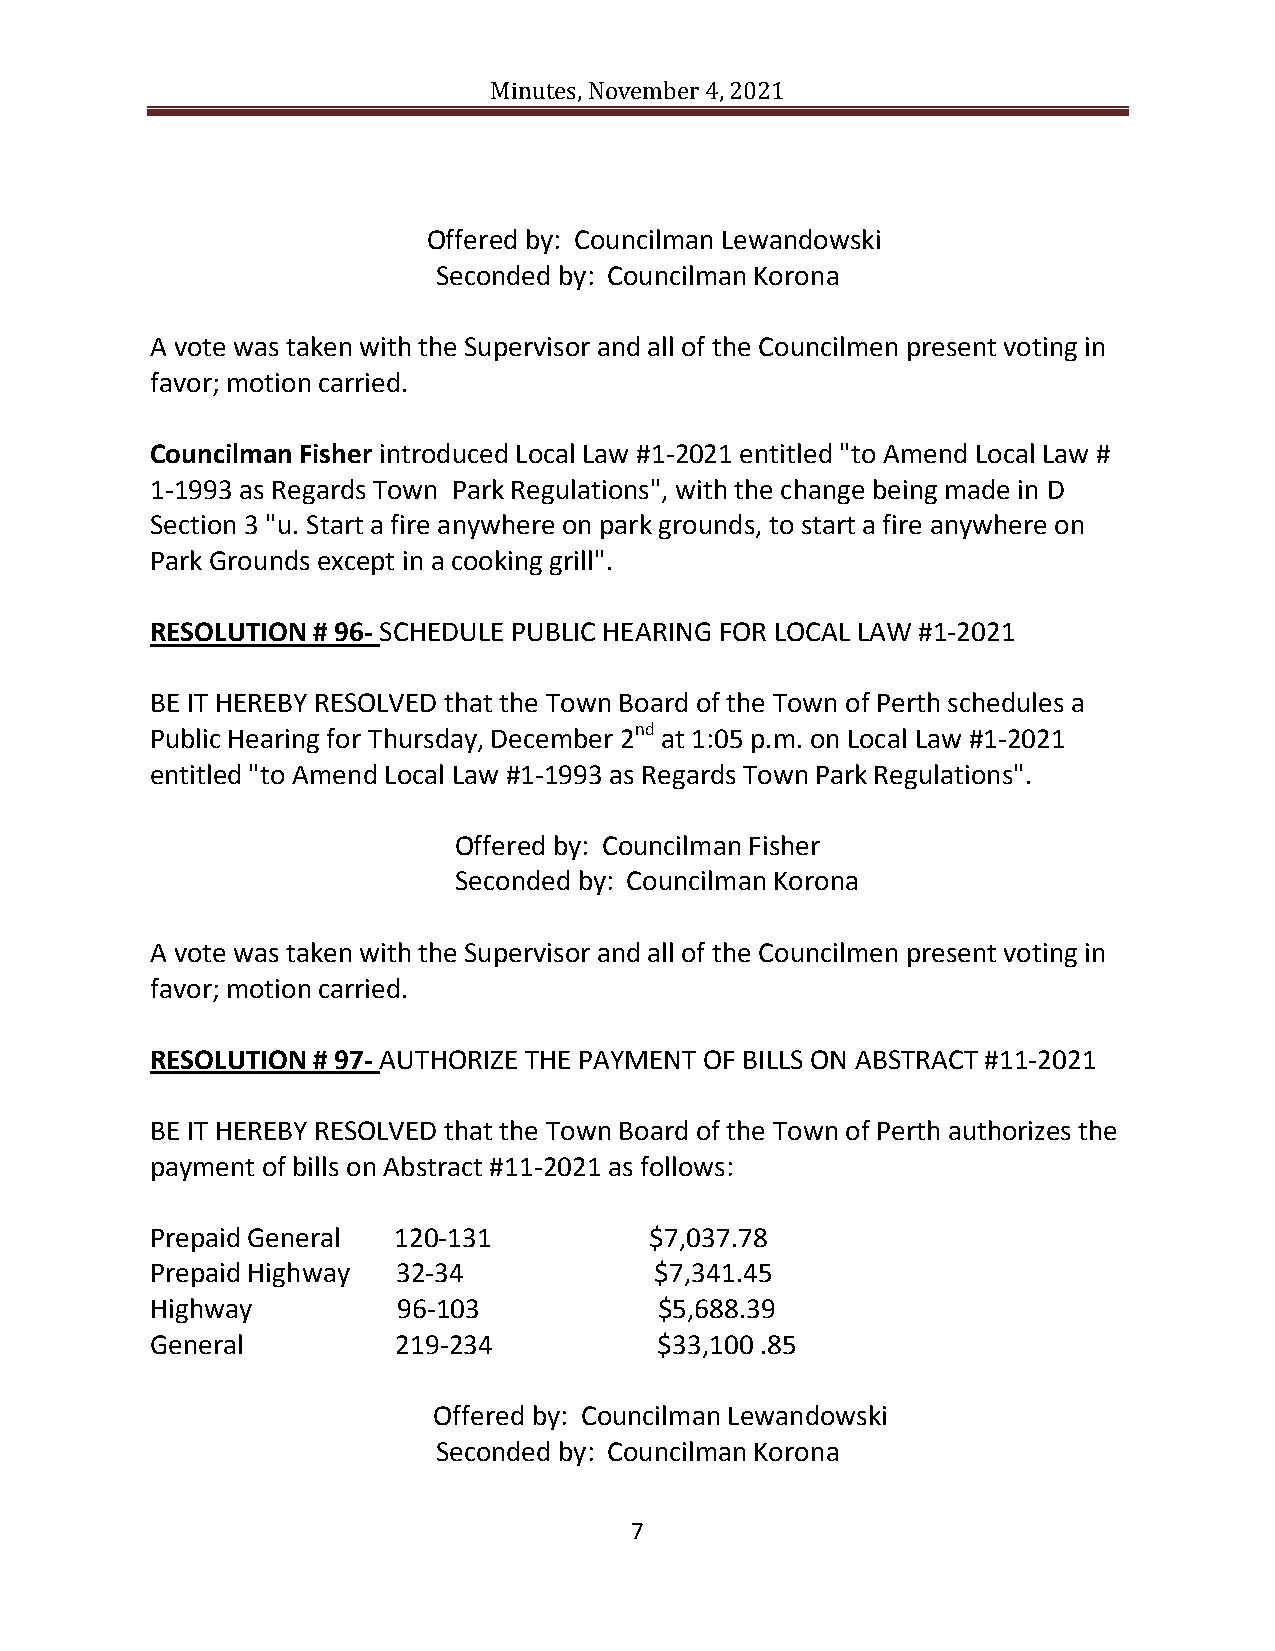
Minutes, November 4, 2021
 Offered by: Councilman Lewandowski
 Seconded by: Councilman Korona
 A vote was taken with the Supervisor and all of the Councilmen present voting in
 favor; motion carried.
 Councilman Fisher introduced Local Law #1-2021 entitled "to Amend Local Law #
 1-1993 as Regards Town Park Regulations", with the change being made in D
 Section 3 "u. Start a fire anywhere on park grounds, to start a fire anywhere on
 Park Grounds except in a cooking grill".
 RESOLUTION # 96- SCHEDULE PUBLIC HEARING FOR LOCAL LAW #1-2021
 BE IT HEREBY RESOLVED that the Town Board of the Town of Perth schedules a
 Public Hearing for Thursday, December 2nd at 1:05 p.m. on Local Law #1-2021
 entitled "to Amend Local Law #1-1993 as Regards Town Park Regulations".
 Offered by: Councilman Fisher
 Seconded by: Councilman Korona
 A vote was taken with the Supervisor and all of the Councilmen present voting in
 favor; motion carried.
 RESOLUTION # 97- AUTHORIZE THE PAYMENT OF BILLS ON ABSTRACT #11-2021
 BE IT HEREBY RESOLVED that the Town Board of the Town of Perth authorizes the
 payment of bills on Abstract #11-2021 as follows:
 Prepaid General 120-131          $7,037.78
 Prepaid Highway 32-34            $7,341.45
 Highway         96-103            $5,688.39
 General         219-234           $33,100 .85
 Offered by: Councilman Lewandowski
 Seconded by: Councilman Korona
 7